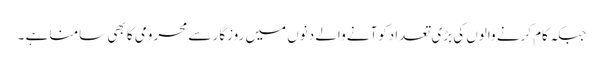
جبکہ کام کرنے والوں کی بڑی تعدادکوآنے والے دنوں میں روزگار سے محرومی کا بھی سامنا ہے ۔